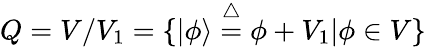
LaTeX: Q=V/V_{1}=\{ |\phi\rangle\stackrel{\triangle}{=}\phi+V_{1}|\phi\in V\}